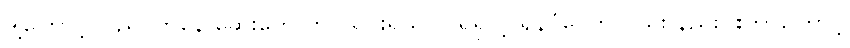
ဒါ့ကြောင့် ပြည်ပကနေ ဆေးတွေ တင်သွင်းရသလို ရရှိတဲ့ ရန်ပုံငွေကလည်း နည်းပါးတာကြောင့်